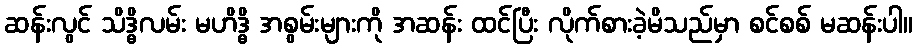
ဆန်းလွင် သိဒ္ဓိလမ်း မဟိဒ္ဓိ အစွမ်းများကို အဆန်း ထင်ပြီး လိုက်စားခဲ့မိသည်မှာ စင်စစ် မဆန်းပါ။